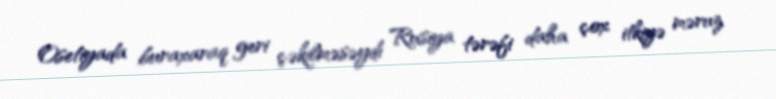
Osetiyada buraxaraq geri çəkilməsəydi Rusiya tərəfi daha çox itkiyə məruz